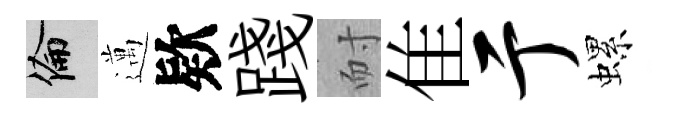
倫邁欵踐耐隹亍螺